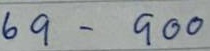
69 - 900